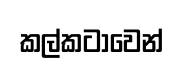
කල්කටාවෙන්